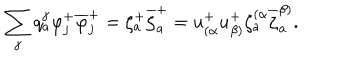
\sum _ { j } q _ { a } ^ { j } \varphi _ { j } ^ { + } \overline { { { \varphi } } } _ { j } ^ { + } = \zeta _ { a } ^ { + } \overline { { { \zeta } } } _ { a } ^ { + } = u _ { ( \alpha } ^ { + } u _ { \beta ) } ^ { + } \zeta _ { a } ^ { ( \alpha } \overline { { { \zeta } } } _ { a } ^ { \beta ) } .